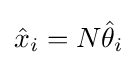
{\hat {x}}_{i}=N{\hat {\theta }}_{i}